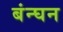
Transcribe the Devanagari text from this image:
बंन्घन